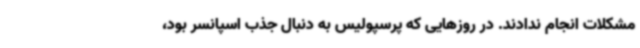
مشکلات انجام ندادند. در روزهایی که پرسپولیس به دنبال جذب اسپانسر بود،